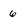
Character: 6